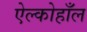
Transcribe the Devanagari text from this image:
ऐल्कोहाँल